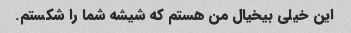
این خیلی بیخیال من هستم که شیشه شما را شکستم.